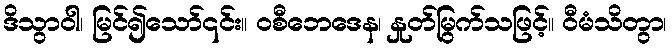
ဒိသွာဝါ၊ မြင်၍သော်၎င်း။ ဝစီဘေဒေန၊ နှုတ်မြွက်သဖြင့်။ ဝီမံသိတွာ၊